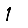
Digit: 1